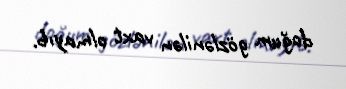
doğum gözlənilən vaxt olmayıb.